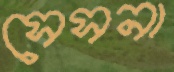
সেসনা